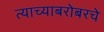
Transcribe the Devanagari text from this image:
त्याच्याबरोबरचे